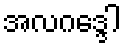
အလဂဒ္ဒေါ